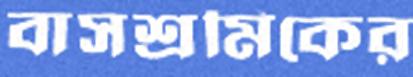
বাসশ্রমিকের